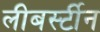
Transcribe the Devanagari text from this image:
लीबर्स्टीन